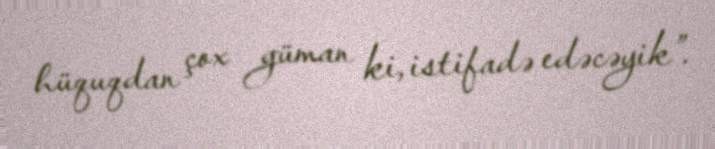
hüquqdan çox güman ki, istifadə edəcəyik”.